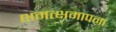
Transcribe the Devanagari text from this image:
क्षमत्क्षमापना